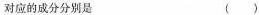
对应的成分分别是 ()